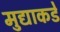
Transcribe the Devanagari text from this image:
मुद्याकडे